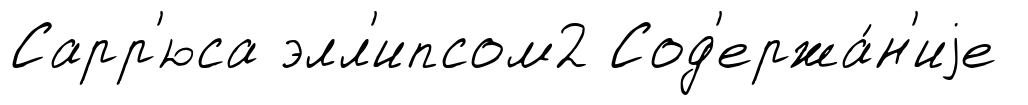
Сарр'юса элл'ипсом2 Сод'ержа́н'иjе